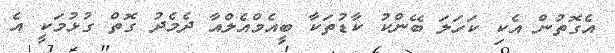
އެގޮތުން އެކި ކަހަލަ ބޭންކު ކާޑުތަކާ ބީއެމްއެލްއާ ދެމެދު ގޮތް ގުޅުމަކީ އެ